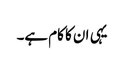
یہی ان کا کام ہے۔